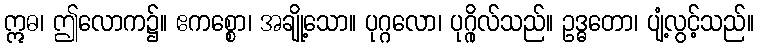
ဣဓ၊ ဤလောက၌။ ဧကစ္စော၊ အချို့သော။ ပုဂ္ဂလော၊ ပုဂ္ဂိုလ်သည်။ ဥဒ္ဓတော၊ ပျံ့လွင့်သည်။